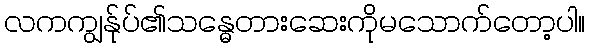
လကကျွန်ုပ်၏သန္ဓေတားဆေးကိုမသောက်တော့ပါ။